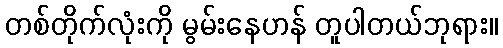
တစ်တိုက်လုံးကို မွမ်းနေဟန် တူပါတယ်ဘုရား။